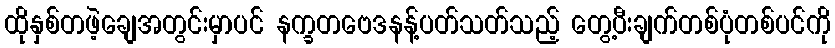
ထိုနှစ်တဖဲ့ချေအတွင်းမှာပင် နက္ခတဗေဒနန့်ပတ်သတ်သည့် တွေ့ပီးချက်တစ်ပုံတစ်ပင်ကို